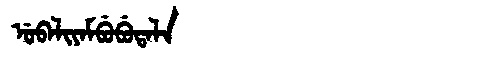
Manchu: ᡠᠪᠠᠯᡳᠶᠠᠮᠪᡠᠪᡠᡨᠠᠯᠠ
Romanization: UBALIYAMBUBUTALA